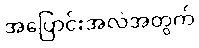
အပြောင်းအလဲအတွက်